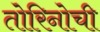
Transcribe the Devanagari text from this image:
तोरिनोची